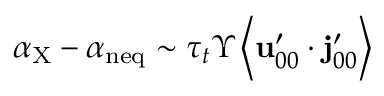
\alpha _ { \mathrm { X } } - \alpha _ { \mathrm { n e q } } \sim \tau _ { t } \Upsilon \left\langle \mathbf { u } _ { 0 0 } ^ { \prime } \cdot \mathbf { j } _ { 0 0 } ^ { \prime } \right\rangle